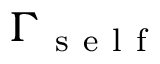
\Gamma _ { \mathrm { ~ s ~ e ~ l ~ f ~ } }